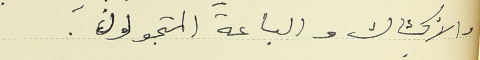
والاكشاك والباعة المتجولون.